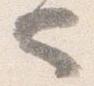
也